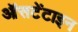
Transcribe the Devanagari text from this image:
ऑसटेंटाइन